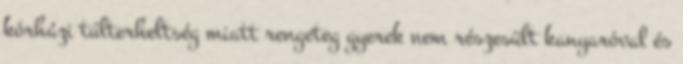
kórházi túlterheltség miatt rengeteg gyerek nem részesült kanyaróval és